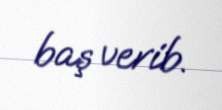
baş verib.